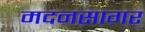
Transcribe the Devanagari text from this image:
मदनसागर